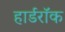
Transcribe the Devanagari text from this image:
हार्डरॉक